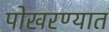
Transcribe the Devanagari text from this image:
पोखरण्यात